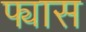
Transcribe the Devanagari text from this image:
फ्यास